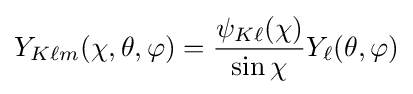
Y_{K\ell m}(\chi ,\theta ,\varphi )={\frac {\psi _{K\ell }(\chi )}{\sin \chi }}Y_{\ell }(\theta ,\varphi )